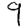
Digit: 9